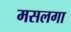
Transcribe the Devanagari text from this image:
मसलगा